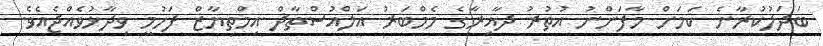
ބަދަލުކުރާނެ ކަމަށް މާފަންނު އުތުރު ދާއިރާގެ މެމްބަރު އަލްއުސްތާޛް އިމްތިޔާޒް ފަހުމީ ވިދާޅުވެއްޖެއެވެ.